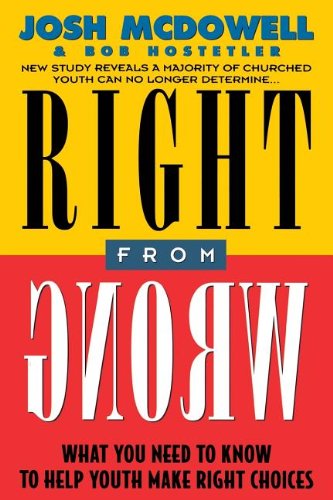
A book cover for Right From Wrong; Josh McDowell; Teen & Young Adult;